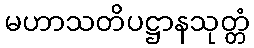
မဟာသတိပဋ္ဌာနသုတ္တံ